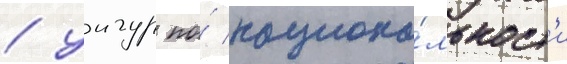
/ уигур по́ национа́льност'и